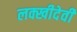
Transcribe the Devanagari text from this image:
लक्खीदेवी